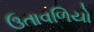
ઉતાવળિયો